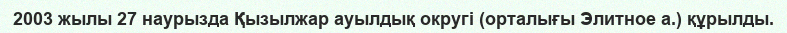
2003 жылы 27 наурызда Қызылжар ауылдық округі (орталығы Элитное а.) құрылды.